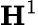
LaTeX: \textbf{H}^{1}